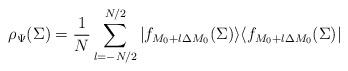
LaTeX: \begin{align*}\rho_\Psi(\Sigma)={1\over N}\sum^{N/2}_{l=-N/2}|f_{M_0+l\Delta M_0}(\Sigma)\rangle\langle f_{M_0+l\Delta M_0}(\Sigma)|\end{align*}